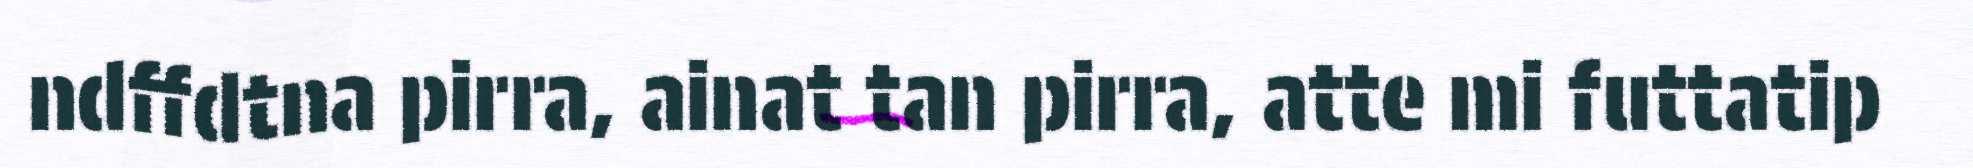
ndffdtna pirra, ainat tan pirra, atte mi futtatip